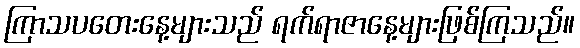
ကြာသပတေးနေ့များသည် ရက်ရာဇာနေ့များဖြစ်ကြသည်။